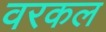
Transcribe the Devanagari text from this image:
वरकल